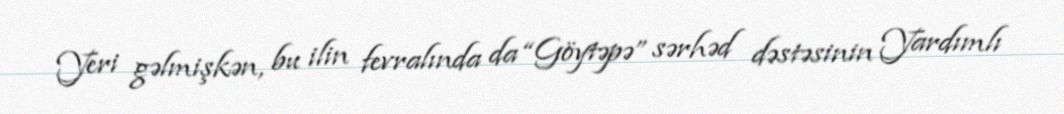
Yeri gəlmişkən, bu ilin fevralında da “Göytəpə” sərhəd dəstəsinin Yardımlı